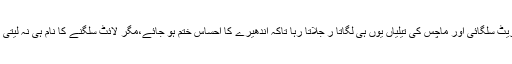
سگریٹ سلگائی اور ماچس کی تیلیاں یوں ہی لگاتا ر جلاتا رہا تاکہ اندھیرے کا احساس ختم ہو جائے،مگر لائٹ سلگنے کا نام ہی نہ لیتی تھی۔